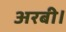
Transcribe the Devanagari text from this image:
अरबी।